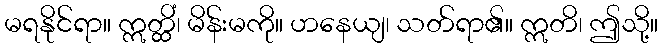
မရနိုင်ရာ။ ဣတ္ထိံ၊ မိန်းမကို။ ဟနေယျ၊ သတ်ရာ၏။ ဣတိ၊ ဤသို့။